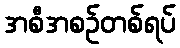
အစီအစဉ်တစ်ရပ်